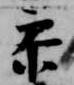
参